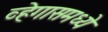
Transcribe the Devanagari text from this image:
व्हेगासमध्ये